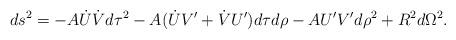
LaTeX: \begin{align*}ds^2 = -A\dot{U}\dot{V}d\tau^2 - A(\dot{U}V'+\dot{V}U')d\tau d\rho - AU'V'd\rho^2 + R^2d\Omega^2.\end{align*}